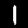
Digit: 1